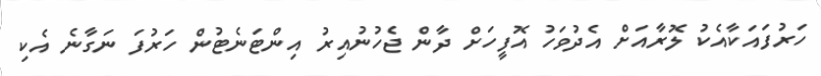
ހަރުފައަކާއެކު ލޮރާއަށް އެދުވަހު އޮފީހަށް ދާން ޖެހުނުއިރު އިންޓަނެޓުން ހަރުފަ ނަގާނެ އެކި